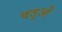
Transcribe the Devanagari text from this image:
वतुओं